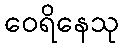
ဝေရိနေသု